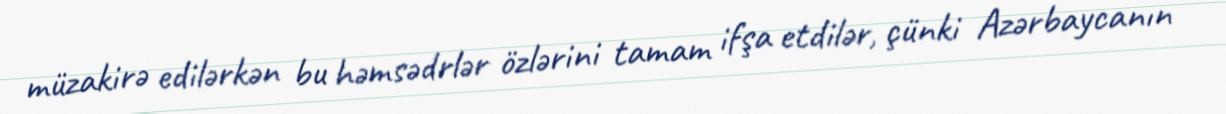
müzakirə edilərkən bu həmsədrlər özlərini tamam ifşa etdilər, çünki Azərbaycanın